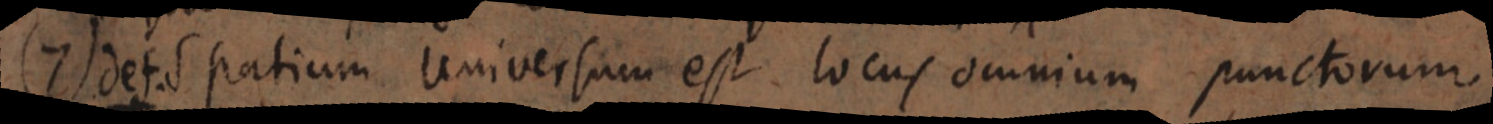
(7) def. Spatium Universum est locus omnium punctorum